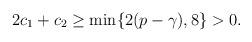
LaTeX: \begin{align*} \begin{aligned}2c_1+c_2\geq\min\{2(p-\gamma), 8\}>0.\end{aligned}\end{align*}